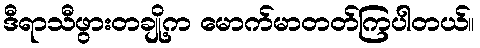
ဒီရာသီဖွားတချို့က မောက်မာတတ်ကြပါတယ်။